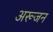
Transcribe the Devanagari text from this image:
अरूजन